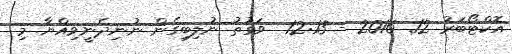
އޮކްޓޯބަރު 12